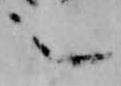
之